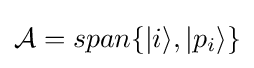
{\mathcal {A}}=span\{|i\rangle ,|p_{i}\rangle \}